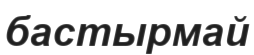
бастырмай